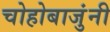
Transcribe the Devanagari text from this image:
चोहोबाजुंनी